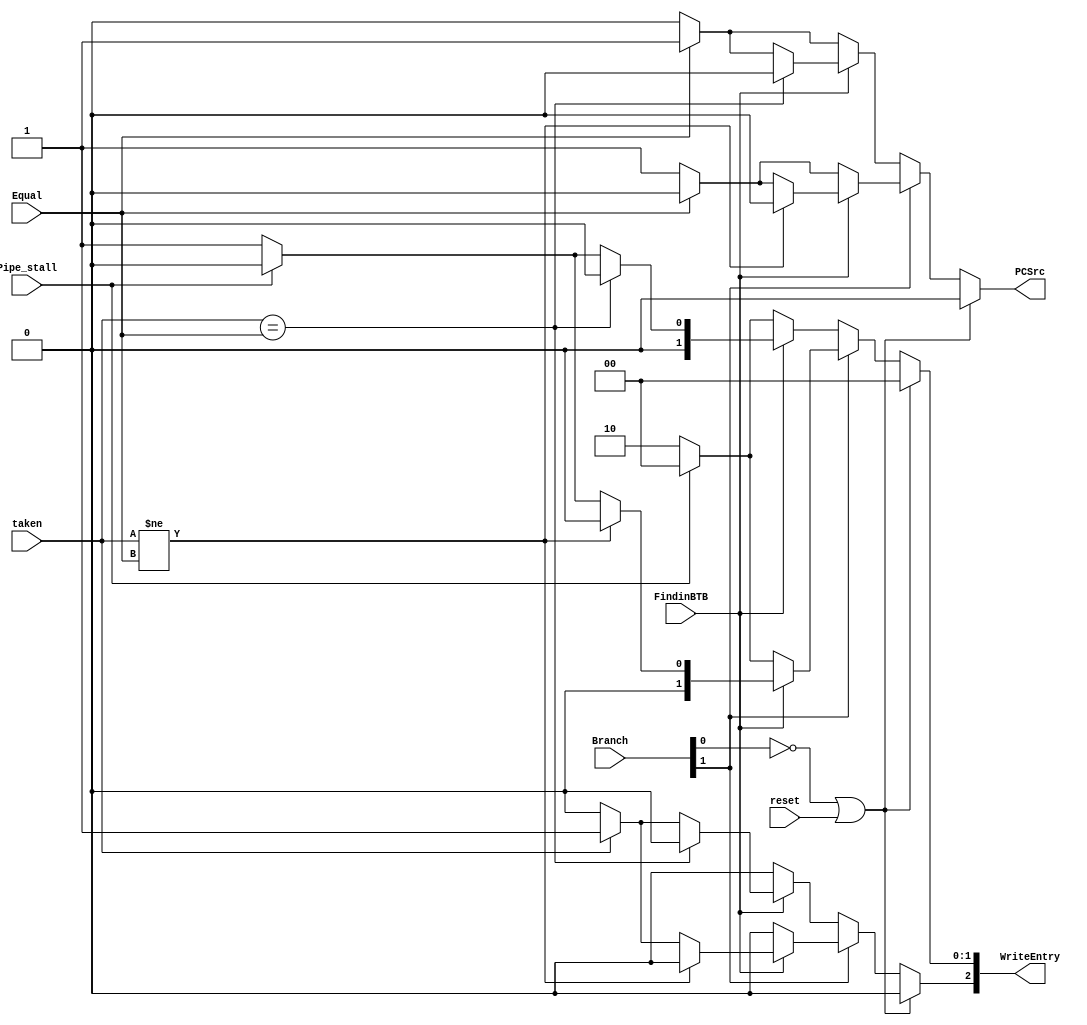
`timescale 1ns / 1ps
//////////////////////////////////////////////////////////////////////////////////
// Company: 
// Engineer: 
// 
// Design Name: 
// Module Name:    NextAddGen 
// Project Name: 
// Target Devices: 
// Tool versions: 
// Description: 
//
// Dependencies: 
//
// Revision: 
// Revision 0.01 - File Created
// Additional Comments: 
//
//////////////////////////////////////////////////////////////////////////////////
module NextAddGen(
Equal,
Branch,
FindinBTB,
taken,
PCSrc,
WriteEntry,
Pipe_stall,
reset
    );
	 
input Equal, FindinBTB, Pipe_stall, taken/*from BTB*/, reset;
input [1:0] Branch;

output PCSrc;
output [2:0]  WriteEntry;
reg PCSrc;
reg [2:0]  WriteEntry;//{Use_PC_Stage2,NoEntry,W.Decision} NoEntry=1 no entry in BTB thats why writeentry signal
													  //Decision = 1  so wrongdecision , Use PC_stage2 when btb takes the branch which should not be taken
initial
begin
	PCSrc <= 1'b0;
	WriteEntry <= 3'b000;
end	
always @ (Equal,Branch, FindinBTB, taken, Pipe_stall,reset)
begin
	if((!Branch[0])|reset)
	begin
		PCSrc <= 1'b0;
		WriteEntry <= 3'b000;
	end
	else if (!Branch[1])// its beq
	begin
		
		//PCSrc <= (Equal)?(1'b1):(1'b0);
		if(!FindinBTB)
		begin
			PCSrc <= (Equal)?(1'b1):(1'b0);//no entry in BTB
			WriteEntry <= (Pipe_stall)?(3'b000):(3'b010);
		end
		else
		begin
			if(taken == Equal) //BTB take correct decision
			begin
				PCSrc <= 1'b0;
				WriteEntry <= 3'b000;
			end
			else // BTB take incorrect decision
			begin
				PCSrc <= (Equal)?(1'b1):(1'b0);
				WriteEntry[1:0] <= (Pipe_stall)?(2'b00):(2'b01);
				
				WriteEntry[2] <= (taken)?(1'b1):(1'b0);//if br taken is wrong so use pcstage2 to come to correct pc
			end
		end
		
	end
	else if (Branch[1]) //its bne
	begin
		//PCSrc <= (Equal)?(1'b0):(1'b1);
		if(!FindinBTB)
		begin
			PCSrc <= (Equal)?(1'b0):(1'b1);//no entry in BTB
			WriteEntry <= (Pipe_stall)?(3'b000):(3'b010);//means if Pipe_stall no WriteEntry
		end
		else
		begin
			if(taken != Equal) //BTB take correct decision
			begin
				PCSrc <= 1'b0;
				WriteEntry <= 3'b000;
			end
			else // BTB take incorrect decision
			begin
				PCSrc <= (Equal)?(1'b0):(1'b1);
				WriteEntry[1:0] <= (Pipe_stall)?(2'b00):(2'b01);
				
				WriteEntry[2] <= (taken)?(1'b1):(1'b0);//if br taken is wrong so use pcstage2 to come to correct pc
			end
		end
	end
	else
	begin
		PCSrc <= 1'b0;
		WriteEntry <= 3'b000;
	end
end

endmodule